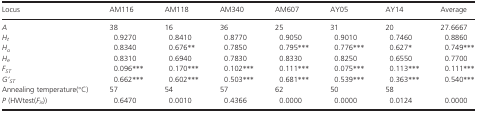
<table><thead><tr><td><b>Locus</b></td><td><b>AM116</b></td><td><b>AM118</b></td><td><b>AM340</b></td><td><b>AM607</b></td><td><b>AY05</b></td><td><b>AY14</b></td><td><b>Average</b></td></tr></thead><tbody><tr><td><i>A</i></td><td>38</td><td>16</td><td>36</td><td>25</td><td>31</td><td>20</td><td>27.6667</td></tr><tr><td><i>H</i><sub><i>t</i></sub></td><td>0.9270</td><td>0.8410</td><td>0.8770</td><td>0.9050</td><td>0.9010</td><td>0.7460</td><td>0.8860</td></tr><tr><td><i>H</i><sub><i>o</i></sub></td><td>0.8340</td><td>0.676**</td><td>0.7850</td><td>0.795***</td><td>0.776***</td><td>0.627*</td><td>0.749***</td></tr><tr><td><i>H</i><sub><i>e</i></sub></td><td>0.8310</td><td>0.6940</td><td>0.7830</td><td>0.8330</td><td>0.8250</td><td>0.6550</td><td>0.7700</td></tr><tr><td><i>F</i><sub><i>ST</i></sub></td><td>0.096***</td><td>0.170***</td><td>0.102***</td><td>0.111***</td><td>0.075***</td><td>0.113***</td><td>0.111***</td></tr><tr><td><i>G'</i><sub><i>ST</i></sub></td><td>0.662***</td><td>0.602***</td><td>0.503***</td><td>0.681***</td><td>0.539***</td><td>0.363***</td><td>0.540***</td></tr><tr><td>Annealing temperature(°C)</td><td>57</td><td>54</td><td>57</td><td>62</td><td>50</td><td>58</td><td>[EMPTY_CELL]</td></tr><tr><td><i>P</i> (HWtest(<i>F</i><sub><i>is</i></sub>))</td><td>0.6470</td><td>0.0010</td><td>0.4366</td><td>0.0000</td><td>0.0000</td><td>0.0124</td><td>0.0000</td></tr></tbody></table>